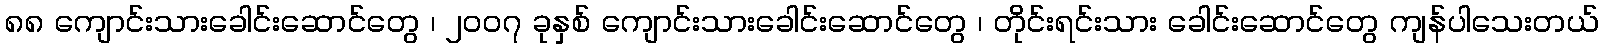
၈၈ ကျောင်းသားခေါင်းဆောင်တွေ ၊ ၂၀၀၇ ခုနှစ် ကျောင်းသားခေါင်းဆောင်တွေ ၊ တိုင်းရင်းသား ခေါင်းဆောင်တွေ ကျန်ပါသေးတယ်